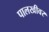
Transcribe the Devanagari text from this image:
पालखीवर